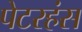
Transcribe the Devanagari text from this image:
पेटरहंस